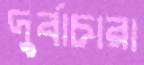
দুর্বাচারা